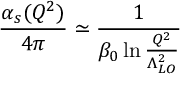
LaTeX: \frac { \alpha _ { s } ( Q ^ { 2 } ) } { 4 \pi } \simeq \frac { 1 } { \beta _ { 0 } \ln { \frac { Q ^ { 2 } } { \Lambda _ { L O } ^ { 2 } } } }